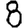
Digit: 8